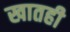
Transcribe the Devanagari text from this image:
खातही